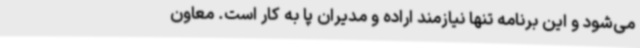
می‌شود و این برنامه تنها نیازمند اراده و مدیران پا به کار است. معاون